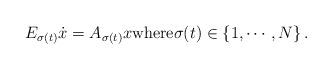
LaTeX: \begin{align*}E_{\sigma(t)} \dot x = A_{\sigma(t)}x\mbox{where} \sigma(t) \in \{ 1, \cdots , N\}\,.\end{align*}